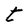
Character: t